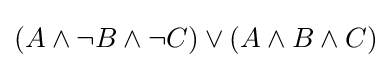
(A\wedge \neg B\wedge \neg C)\vee (A\wedge B\wedge C)